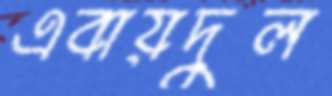
এবায়দুল